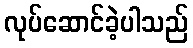
လုပ်ဆောင်ခဲ့ပါသည်